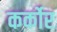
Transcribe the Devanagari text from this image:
कर्कोर